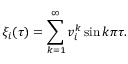
\xi _ { i } ( \tau ) = \sum _ { k = 1 } ^ { \infty } v _ { i } ^ { k } \sin k \pi \tau .